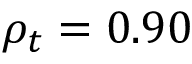
\rho _ { t } = 0 . 9 0